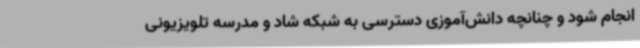
انجام شود و چنانچه دانش‌آموزی دسترسی به شبکه شاد و مدرسه تلویزیونی